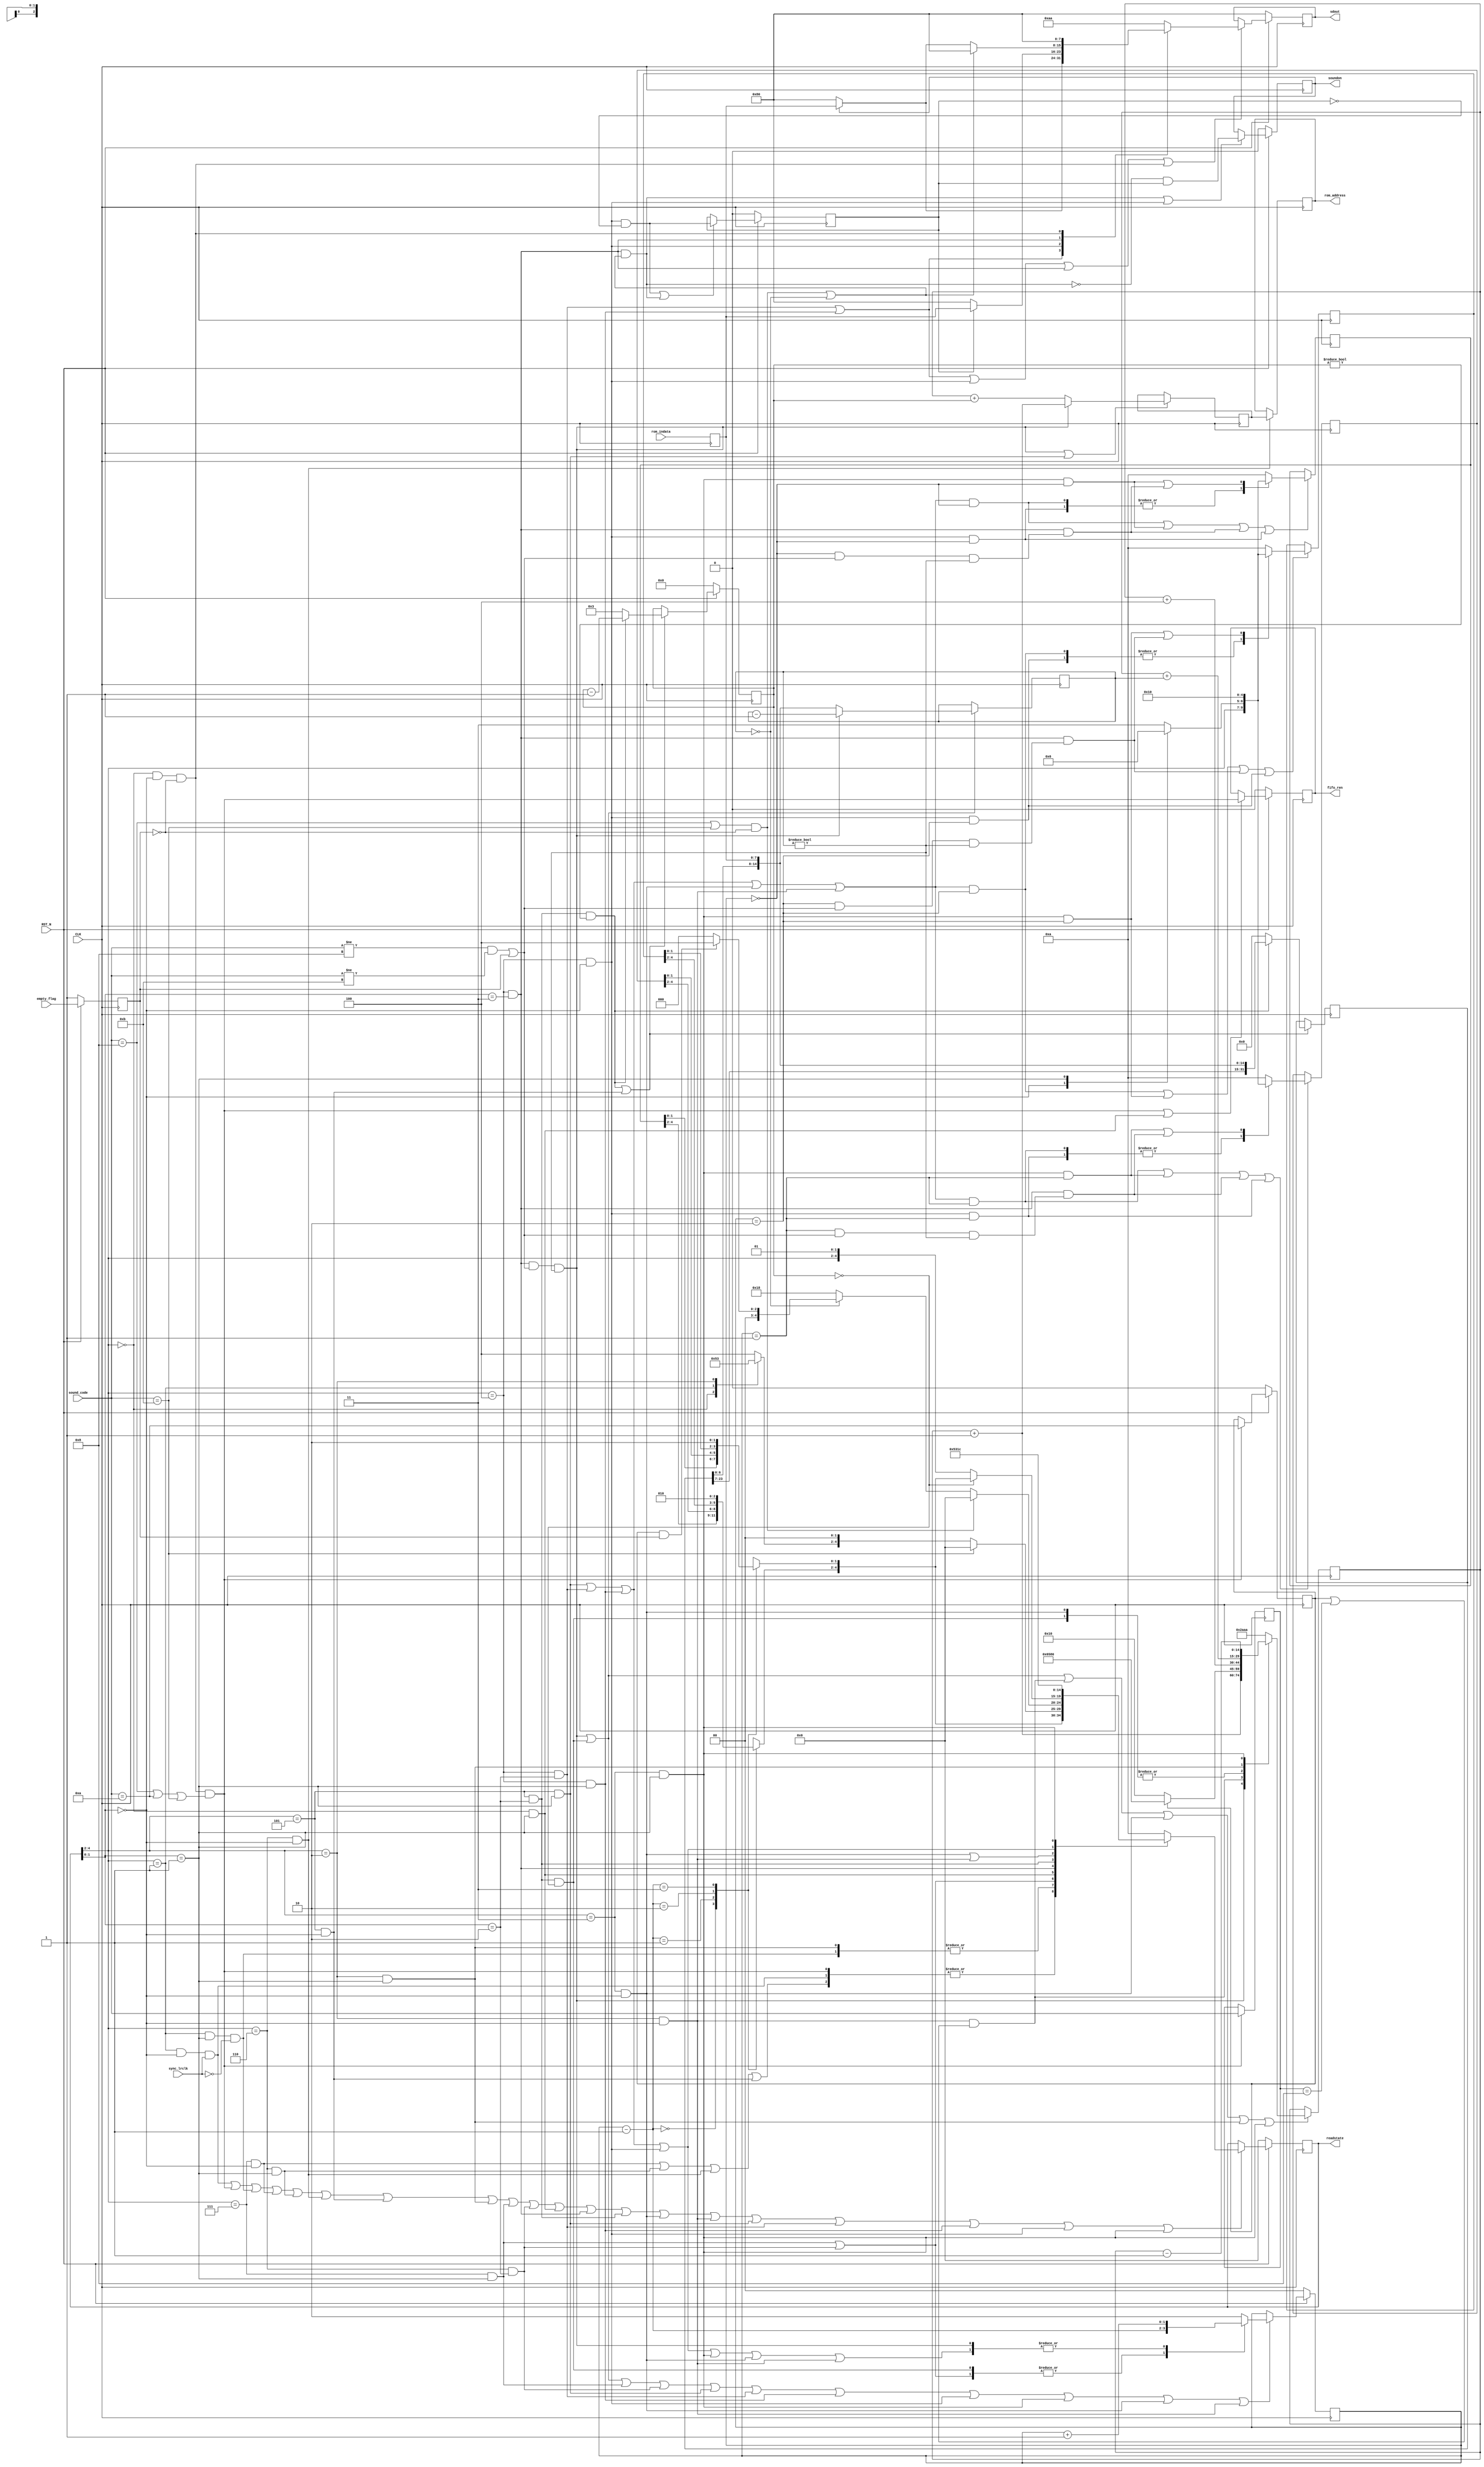
//
// Generated by Bluespec Compiler (build 38534dc)
//
// On Sat Apr 18 19:00:45 JST 2020
//
//
// Ports:
// Name                         I/O  size props
// readstate                      O     5 reg
// rom_address                    O    15 reg
// sdout                          O     8 reg
// soundon                        O     1 reg
// fifo_ren                       O     1 reg
// CLK                            I     1 clock
// RST_N                          I     1 reset
// sound_code                     I     4
// rom_indata                     I     8 reg
// sync_lrclk                     I     1
// empty_flag                     I     1 reg
//
// No combinational paths from inputs to outputs
//
//

`ifdef BSV_ASSIGNMENT_DELAY
`else
  `define BSV_ASSIGNMENT_DELAY
`endif

`ifdef BSV_POSITIVE_RESET
  `define BSV_RESET_VALUE 1'b1
  `define BSV_RESET_EDGE posedge
`else
  `define BSV_RESET_VALUE 1'b0
  `define BSV_RESET_EDGE negedge
`endif

module mkSoundFSM3(CLK,
		   RST_N,

		   sound_code,

		   rom_indata,

		   sync_lrclk,

		   empty_flag,

		   readstate,

		   rom_address,

		   sdout,

		   soundon,

		   fifo_ren);
  input  CLK;
  input  RST_N;

  // action method sound
  input  [3 : 0] sound_code;

  // action method rom
  input  [7 : 0] rom_indata;

  // action method sync
  input  sync_lrclk;

  // action method empty
  input  empty_flag;

  // value method readstate
  output [4 : 0] readstate;

  // value method rom_address
  output [14 : 0] rom_address;

  // value method sdout
  output [7 : 0] sdout;

  // value method soundon
  output soundon;

  // value method fifo_ren
  output fifo_ren;

  // signals for module outputs
  wire [14 : 0] rom_address;
  wire [7 : 0] sdout;
  wire [4 : 0] readstate;
  wire fifo_ren, soundon;

  // register addr
  reg [14 : 0] addr;
  wire [14 : 0] addr$D_IN;
  wire addr$EN;

  // register current
  reg [3 : 0] current;
  wire [3 : 0] current$D_IN;
  wire current$EN;

  // register data
  reg [7 : 0] data;
  wire [7 : 0] data$D_IN;
  wire data$EN;

  // register dcount
  reg [14 : 0] dcount;
  wire [14 : 0] dcount$D_IN;
  wire dcount$EN;

  // register dout
  reg [7 : 0] dout;
  reg [7 : 0] dout$D_IN;
  wire dout$EN;

  // register emptyf
  reg emptyf;
  wire emptyf$D_IN, emptyf$EN;

  // register fNO9
  reg fNO9;
  wire fNO9$D_IN, fNO9$EN;

  // register fUFO
  reg fUFO;
  wire fUFO$D_IN, fUFO$EN;

  // register i
  reg [7 : 0] i;
  wire [7 : 0] i$D_IN;
  wire i$EN;

  // register ren
  reg ren;
  wire ren$D_IN, ren$EN;

  // register romaddr
  reg [14 : 0] romaddr;
  reg [14 : 0] romaddr$D_IN;
  wire romaddr$EN;

  // register romdata
  reg [7 : 0] romdata;
  wire [7 : 0] romdata$D_IN;
  wire romdata$EN;

  // register rs_0
  reg [4 : 0] rs_0;
  reg [4 : 0] rs_0$D_IN;
  wire rs_0$EN;

  // register rs_1
  reg [4 : 0] rs_1;
  reg [4 : 0] rs_1$D_IN;
  wire rs_1$EN;

  // register rs_2
  reg [4 : 0] rs_2;
  reg [4 : 0] rs_2$D_IN;
  wire rs_2$EN;

  // register son
  reg son;
  wire son$D_IN, son$EN;

  // register sonEarly
  reg sonEarly;
  wire sonEarly$D_IN, sonEarly$EN;

  // register sp
  reg [1 : 0] sp;
  reg [1 : 0] sp$D_IN;
  wire sp$EN;

  // register state
  reg [4 : 0] state;
  reg [4 : 0] state$D_IN;
  wire state$EN;

  // register worka
  reg [14 : 0] worka;
  wire [14 : 0] worka$D_IN;
  wire worka$EN;

  // register workd
  reg [31 : 0] workd;
  wire [31 : 0] workd$D_IN;
  wire workd$EN;

  // rule scheduling signals
  wire WILL_FIRE_RL_rule_DATALEN_rule_S0,
       WILL_FIRE_RL_rule_DATALEN_rule_S1,
       WILL_FIRE_RL_rule_FORMAT_rule_S0,
       WILL_FIRE_RL_rule_FORMAT_rule_S1,
       WILL_FIRE_RL_rule_GETPACKET_rule_S0,
       WILL_FIRE_RL_rule_GETPACKET_rule_S1,
       WILL_FIRE_RL_rule_PLAY_rule_S0,
       WILL_FIRE_RL_rule_PLAY_rule_S1,
       WILL_FIRE_RL_rule_PLAY_rule_S2,
       WILL_FIRE_RL_rule_PLAY_rule_S3,
       WILL_FIRE_RL_rule_READCOUNT_rule_S0,
       WILL_FIRE_RL_rule_READCOUNT_rule_S1,
       WILL_FIRE_RL_rule_READCOUNT_rule_S2,
       WILL_FIRE_RL_rule_READMEM_rule_S0,
       WILL_FIRE_RL_rule_READMEM_rule_S1,
       WILL_FIRE_RL_rule_READMEM_rule_S2,
       WILL_FIRE_RL_rule_SYNCLRCLK_rule_S0,
       WILL_FIRE_RL_rule_SYNCLRCLK_rule_S1,
       WILL_FIRE_RL_rule_WAIT_rule_S0,
       WILL_FIRE_RL_rule_WAIT_rule_S1;

  // inputs to muxes for submodule ports
  wire [31 : 0] MUX_workd$write_1__VAL_1;
  wire [14 : 0] MUX_dcount$write_1__VAL_1,
		MUX_dcount$write_1__VAL_2,
		MUX_romaddr$write_1__VAL_1,
		MUX_romaddr$write_1__VAL_2,
		MUX_romaddr$write_1__VAL_3,
		MUX_romaddr$write_1__VAL_5,
		MUX_romaddr$write_1__VAL_6,
		MUX_worka$write_1__VAL_2;
  wire [7 : 0] MUX_dout$write_1__VAL_1,
	       MUX_dout$write_1__VAL_2,
	       MUX_dout$write_1__VAL_3,
	       MUX_i$write_1__VAL_1;
  wire [4 : 0] MUX_state$write_1__VAL_3,
	       MUX_state$write_1__VAL_7,
	       MUX_state$write_1__VAL_8,
	       MUX_state$write_1__VAL_9;
  wire [1 : 0] MUX_sp$write_1__VAL_1;
  wire MUX_dcount$write_1__SEL_1,
       MUX_dcount$write_1__SEL_2,
       MUX_dout$write_1__SEL_1,
       MUX_i$write_1__SEL_1,
       MUX_ren$write_1__SEL_1,
       MUX_romaddr$write_1__SEL_3,
       MUX_rs_0$write_1__PSEL_1,
       MUX_rs_0$write_1__SEL_1,
       MUX_rs_0$write_1__SEL_2,
       MUX_rs_0$write_1__SEL_3,
       MUX_rs_0$write_1__SEL_4,
       MUX_rs_1$write_1__SEL_1,
       MUX_rs_1$write_1__SEL_2,
       MUX_rs_1$write_1__SEL_3,
       MUX_rs_1$write_1__SEL_4,
       MUX_rs_2$write_1__SEL_1,
       MUX_rs_2$write_1__SEL_2,
       MUX_rs_2$write_1__SEL_3,
       MUX_rs_2$write_1__SEL_4,
       MUX_son$write_1__SEL_1,
       MUX_sonEarly$write_1__SEL_1,
       MUX_sp$write_1__SEL_3,
       MUX_sp$write_1__SEL_4,
       MUX_state$write_1__SEL_1,
       MUX_state$write_1__SEL_10,
       MUX_state$write_1__SEL_11,
       MUX_state$write_1__SEL_3,
       MUX_state$write_1__SEL_4;

  // remaining internal signals
  reg [2 : 0] CASE_state_BITS_4_TO_2_0_1_1_2_2_3_4__q4,
	      CASE_x544_0_rs_0_BITS_4_TO_2_1_rs_1_BITS_4_TO__ETC__q2;
  reg [1 : 0] CASE_state_BITS_1_TO_0_0_1_1_2_3__q1,
	      CASE_x544_0_rs_0_BITS_1_TO_0_1_rs_1_BITS_1_TO__ETC__q3;
  wire [4 : 0] IF_dcount_1_EQ_0_0_THEN_IF_fUFO_9_AND_emptyf_3_ETC___d85,
	       SEL_ARR_rs_0_06_BITS_4_TO_2_07_rs_1_08_BITS_4__ETC___d120,
	       state_BITS_4_TO_2_CONCAT_IF_state_BITS_1_TO_0__ETC___d21;
  wire [1 : 0] x__h3544;
  wire sp_4_EQ_0_5_AND_NOT_code_wget__2_EQ_8_3_7_AND__ETC___d95,
       sp_4_EQ_1_6_AND_NOT_code_wget__2_EQ_8_3_7_AND__ETC___d96,
       sp_4_EQ_2_7_AND_NOT_code_wget__2_EQ_8_3_7_AND__ETC___d97;

  // value method readstate
  assign readstate = state ;

  // value method rom_address
  assign rom_address = addr ;

  // value method sdout
  assign sdout = dout ;

  // value method soundon
  assign soundon = son ;

  // value method fifo_ren
  assign fifo_ren = ren ;

  // rule RL_rule_GETPACKET_rule_S0
  assign WILL_FIRE_RL_rule_GETPACKET_rule_S0 =
	     state[4:2] == 3'd0 && state[1:0] == 2'd0 && !emptyf ;

  // rule RL_rule_GETPACKET_rule_S1
  assign WILL_FIRE_RL_rule_GETPACKET_rule_S1 =
	     state[4:2] == 3'd0 && state[1:0] == 2'd1 ;

  // rule RL_rule_SYNCLRCLK_rule_S0
  assign WILL_FIRE_RL_rule_SYNCLRCLK_rule_S0 =
	     state[4:2] == 3'd1 && state[1:0] == 2'd0 ;

  // rule RL_rule_SYNCLRCLK_rule_S1
  assign WILL_FIRE_RL_rule_SYNCLRCLK_rule_S1 =
	     state[4:2] == 3'd1 && state[1:0] == 2'd1 ;

  // rule RL_rule_FORMAT_rule_S0
  assign WILL_FIRE_RL_rule_FORMAT_rule_S0 =
	     state[4:2] == 3'd2 && state[1:0] == 2'd0 ;

  // rule RL_rule_FORMAT_rule_S1
  assign WILL_FIRE_RL_rule_FORMAT_rule_S1 =
	     state[4:2] == 3'd2 && state[1:0] == 2'd1 ;

  // rule RL_rule_DATALEN_rule_S0
  assign WILL_FIRE_RL_rule_DATALEN_rule_S0 =
	     state[4:2] == 3'd3 && state[1:0] == 2'd0 ;

  // rule RL_rule_DATALEN_rule_S1
  assign WILL_FIRE_RL_rule_DATALEN_rule_S1 =
	     state[4:2] == 3'd3 && state[1:0] == 2'd1 ;

  // rule RL_rule_PLAY_rule_S0
  assign WILL_FIRE_RL_rule_PLAY_rule_S0 =
	     state[4:2] == 3'd4 && state[1:0] == 2'd0 ;

  // rule RL_rule_PLAY_rule_S1
  assign WILL_FIRE_RL_rule_PLAY_rule_S1 =
	     state[4:2] == 3'd4 && state[1:0] == 2'd1 ;

  // rule RL_rule_PLAY_rule_S2
  assign WILL_FIRE_RL_rule_PLAY_rule_S2 =
	     state[4:2] == 3'd4 && state[1:0] == 2'd2 ;

  // rule RL_rule_PLAY_rule_S3
  assign WILL_FIRE_RL_rule_PLAY_rule_S3 =
	     state[4:2] == 3'd4 && state[1:0] == 2'd3 ;

  // rule RL_rule_READCOUNT_rule_S0
  assign WILL_FIRE_RL_rule_READCOUNT_rule_S0 =
	     state[4:2] == 3'd5 && state[1:0] == 2'd0 ;

  // rule RL_rule_READCOUNT_rule_S1
  assign WILL_FIRE_RL_rule_READCOUNT_rule_S1 =
	     state[4:2] == 3'd5 && state[1:0] == 2'd1 ;

  // rule RL_rule_READCOUNT_rule_S2
  assign WILL_FIRE_RL_rule_READCOUNT_rule_S2 =
	     state[4:2] == 3'd5 && state[1:0] == 2'd2 ;

  // rule RL_rule_READMEM_rule_S0
  assign WILL_FIRE_RL_rule_READMEM_rule_S0 =
	     state[4:2] == 3'd6 && state[1:0] == 2'd0 ;

  // rule RL_rule_READMEM_rule_S1
  assign WILL_FIRE_RL_rule_READMEM_rule_S1 =
	     state[4:2] == 3'd6 && state[1:0] == 2'd1 ;

  // rule RL_rule_READMEM_rule_S2
  assign WILL_FIRE_RL_rule_READMEM_rule_S2 =
	     state[4:2] == 3'd6 && state[1:0] == 2'd2 ;

  // rule RL_rule_WAIT_rule_S0
  assign WILL_FIRE_RL_rule_WAIT_rule_S0 =
	     state[4:2] == 3'd7 && state[1:0] == 2'd0 ;

  // rule RL_rule_WAIT_rule_S1
  assign WILL_FIRE_RL_rule_WAIT_rule_S1 =
	     state[4:2] == 3'd7 && state[1:0] == 2'd1 ;

  // inputs to muxes for submodule ports
  assign MUX_dcount$write_1__SEL_1 =
	     WILL_FIRE_RL_rule_PLAY_rule_S3 &&
	     (sound_code != 4'd8 && sound_code != 4'd11 || emptyf) &&
	     dcount != 15'd0 ;
  assign MUX_dcount$write_1__SEL_2 =
	     WILL_FIRE_RL_rule_READCOUNT_rule_S2 && i == 8'd0 ;
  assign MUX_dout$write_1__SEL_1 =
	     WILL_FIRE_RL_rule_PLAY_rule_S2 ||
	     WILL_FIRE_RL_rule_PLAY_rule_S1 ;
  assign MUX_i$write_1__SEL_1 =
	     WILL_FIRE_RL_rule_READCOUNT_rule_S2 && i != 8'd0 ;
  assign MUX_ren$write_1__SEL_1 =
	     WILL_FIRE_RL_rule_GETPACKET_rule_S0 &&
	     (sound_code == 4'd8 || sound_code == 4'd10 ||
	      sound_code == 4'd11) ;
  assign MUX_romaddr$write_1__SEL_3 =
	     WILL_FIRE_RL_rule_FORMAT_rule_S0 && (fUFO || current == 4'd8) ;
  assign MUX_rs_0$write_1__PSEL_1 =
	     WILL_FIRE_RL_rule_READCOUNT_rule_S1 ||
	     WILL_FIRE_RL_rule_PLAY_rule_S2 ||
	     WILL_FIRE_RL_rule_PLAY_rule_S1 ||
	     WILL_FIRE_RL_rule_DATALEN_rule_S0 ||
	     WILL_FIRE_RL_rule_FORMAT_rule_S0 ;
  assign MUX_rs_0$write_1__SEL_1 = MUX_rs_0$write_1__PSEL_1 && sp == 2'd0 ;
  assign MUX_rs_0$write_1__SEL_2 =
	     WILL_FIRE_RL_rule_DATALEN_rule_S1 && sp == 2'd0 ;
  assign MUX_rs_0$write_1__SEL_3 =
	     WILL_FIRE_RL_rule_PLAY_rule_S3 &&
	     sp_4_EQ_0_5_AND_NOT_code_wget__2_EQ_8_3_7_AND__ETC___d95 ;
  assign MUX_rs_0$write_1__SEL_4 =
	     WILL_FIRE_RL_rule_PLAY_rule_S0 && sp == 2'd0 ;
  assign MUX_rs_1$write_1__SEL_1 = MUX_rs_0$write_1__PSEL_1 && sp == 2'd1 ;
  assign MUX_rs_1$write_1__SEL_2 =
	     WILL_FIRE_RL_rule_DATALEN_rule_S1 && sp == 2'd1 ;
  assign MUX_rs_1$write_1__SEL_3 =
	     WILL_FIRE_RL_rule_PLAY_rule_S3 &&
	     sp_4_EQ_1_6_AND_NOT_code_wget__2_EQ_8_3_7_AND__ETC___d96 ;
  assign MUX_rs_1$write_1__SEL_4 =
	     WILL_FIRE_RL_rule_PLAY_rule_S0 && sp == 2'd1 ;
  assign MUX_rs_2$write_1__SEL_1 = MUX_rs_0$write_1__PSEL_1 && sp == 2'd2 ;
  assign MUX_rs_2$write_1__SEL_2 =
	     WILL_FIRE_RL_rule_DATALEN_rule_S1 && sp == 2'd2 ;
  assign MUX_rs_2$write_1__SEL_3 =
	     WILL_FIRE_RL_rule_PLAY_rule_S3 &&
	     sp_4_EQ_2_7_AND_NOT_code_wget__2_EQ_8_3_7_AND__ETC___d97 ;
  assign MUX_rs_2$write_1__SEL_4 =
	     WILL_FIRE_RL_rule_PLAY_rule_S0 && sp == 2'd2 ;
  assign MUX_son$write_1__SEL_1 =
	     WILL_FIRE_RL_rule_PLAY_rule_S3 &&
	     ((sound_code == 4'd8 || sound_code == 4'd11) && !emptyf ||
	      dcount == 15'd0) ;
  assign MUX_sonEarly$write_1__SEL_1 =
	     WILL_FIRE_RL_rule_PLAY_rule_S0 && !sonEarly ;
  assign MUX_sp$write_1__SEL_3 =
	     WILL_FIRE_RL_rule_WAIT_rule_S1 ||
	     WILL_FIRE_RL_rule_READMEM_rule_S2 ;
  assign MUX_sp$write_1__SEL_4 =
	     WILL_FIRE_RL_rule_READCOUNT_rule_S1 ||
	     WILL_FIRE_RL_rule_PLAY_rule_S2 ||
	     WILL_FIRE_RL_rule_PLAY_rule_S1 ||
	     WILL_FIRE_RL_rule_PLAY_rule_S0 ||
	     WILL_FIRE_RL_rule_DATALEN_rule_S1 ||
	     WILL_FIRE_RL_rule_DATALEN_rule_S0 ||
	     WILL_FIRE_RL_rule_FORMAT_rule_S0 ;
  assign MUX_state$write_1__SEL_1 =
	     WILL_FIRE_RL_rule_SYNCLRCLK_rule_S0 && sync_lrclk ;
  assign MUX_state$write_1__SEL_3 =
	     WILL_FIRE_RL_rule_SYNCLRCLK_rule_S1 && !sync_lrclk ;
  assign MUX_state$write_1__SEL_4 =
	     WILL_FIRE_RL_rule_WAIT_rule_S0 ||
	     WILL_FIRE_RL_rule_READMEM_rule_S1 ||
	     WILL_FIRE_RL_rule_READMEM_rule_S0 ||
	     WILL_FIRE_RL_rule_READCOUNT_rule_S0 ;
  assign MUX_state$write_1__SEL_10 =
	     WILL_FIRE_RL_rule_DATALEN_rule_S0 ||
	     WILL_FIRE_RL_rule_FORMAT_rule_S0 ;
  assign MUX_state$write_1__SEL_11 =
	     WILL_FIRE_RL_rule_READCOUNT_rule_S1 ||
	     WILL_FIRE_RL_rule_PLAY_rule_S2 ||
	     WILL_FIRE_RL_rule_PLAY_rule_S1 ||
	     WILL_FIRE_RL_rule_PLAY_rule_S0 ;
  assign MUX_dcount$write_1__VAL_1 = dcount - 15'd1 ;
  assign MUX_dcount$write_1__VAL_2 = { workd[6:0], romdata } ;
  assign MUX_dout$write_1__VAL_1 = son ? romdata : 8'h80 ;
  assign MUX_dout$write_1__VAL_2 = sonEarly ? romdata : 8'h80 ;
  assign MUX_dout$write_1__VAL_3 =
	     ((sound_code == 4'd8 || sound_code == 4'd11) && !emptyf ||
	      dcount == 15'd0) ?
	       8'h80 :
	       (son ? romdata : 8'h80) ;
  assign MUX_i$write_1__VAL_1 = i - 8'd1 ;
  assign MUX_romaddr$write_1__VAL_1 = romaddr + 15'd1 ;
  assign MUX_romaddr$write_1__VAL_2 = romaddr + 15'd4 ;
  assign MUX_romaddr$write_1__VAL_3 = fUFO ? 15'd25984 : 15'd16 ;
  assign MUX_romaddr$write_1__VAL_5 = romaddr + dcount ;
  assign MUX_romaddr$write_1__VAL_6 = romaddr - 15'd1 ;
  assign MUX_sp$write_1__VAL_1 = sp + 2'd1 ;
  assign MUX_state$write_1__VAL_3 =
	     { CASE_state_BITS_4_TO_2_0_1_1_2_2_3_4__q4, 2'd0 } ;
  assign MUX_state$write_1__VAL_7 =
	     (sound_code == 4'd11) ?
	       5'd0 :
	       { CASE_state_BITS_4_TO_2_0_1_1_2_2_3_4__q4, 2'd0 } ;
  assign MUX_state$write_1__VAL_8 =
	     ((sound_code == 4'd8 || sound_code == 4'd11) && !emptyf) ?
	       5'd0 :
	       IF_dcount_1_EQ_0_0_THEN_IF_fUFO_9_AND_emptyf_3_ETC___d85 ;
  assign MUX_state$write_1__VAL_9 =
	     (i == 8'd0) ?
	       SEL_ARR_rs_0_06_BITS_4_TO_2_07_rs_1_08_BITS_4__ETC___d120 :
	       { state[4:2], 2'd1 } ;
  assign MUX_worka$write_1__VAL_2 = romaddr + { 7'd0, i } ;
  assign MUX_workd$write_1__VAL_1 = { workd[23:0], romdata } ;

  // register addr
  assign addr$D_IN = worka ;
  assign addr$EN = WILL_FIRE_RL_rule_READMEM_rule_S0 ;

  // register current
  assign current$D_IN = sound_code ;
  assign current$EN = MUX_ren$write_1__SEL_1 ;

  // register data
  assign data$D_IN = romdata ;
  assign data$EN = WILL_FIRE_RL_rule_READMEM_rule_S2 ;

  // register dcount
  assign dcount$D_IN =
	     MUX_dcount$write_1__SEL_1 ?
	       MUX_dcount$write_1__VAL_1 :
	       MUX_dcount$write_1__VAL_2 ;
  assign dcount$EN =
	     MUX_dcount$write_1__SEL_1 ||
	     WILL_FIRE_RL_rule_READCOUNT_rule_S2 && i == 8'd0 ;

  // register dout
  always@(MUX_dout$write_1__SEL_1 or
	  MUX_dout$write_1__VAL_1 or
	  WILL_FIRE_RL_rule_PLAY_rule_S0 or
	  MUX_dout$write_1__VAL_2 or
	  WILL_FIRE_RL_rule_PLAY_rule_S3 or
	  MUX_dout$write_1__VAL_3 or WILL_FIRE_RL_rule_GETPACKET_rule_S0)
  begin
    case (1'b1) // synopsys parallel_case
      MUX_dout$write_1__SEL_1: dout$D_IN = MUX_dout$write_1__VAL_1;
      WILL_FIRE_RL_rule_PLAY_rule_S0: dout$D_IN = MUX_dout$write_1__VAL_2;
      WILL_FIRE_RL_rule_PLAY_rule_S3: dout$D_IN = MUX_dout$write_1__VAL_3;
      WILL_FIRE_RL_rule_GETPACKET_rule_S0: dout$D_IN = 8'h80;
      default: dout$D_IN = 8'b10101010 /* unspecified value */ ;
    endcase
  end
  assign dout$EN =
	     WILL_FIRE_RL_rule_PLAY_rule_S2 ||
	     WILL_FIRE_RL_rule_PLAY_rule_S1 ||
	     WILL_FIRE_RL_rule_PLAY_rule_S0 ||
	     WILL_FIRE_RL_rule_PLAY_rule_S3 ||
	     WILL_FIRE_RL_rule_GETPACKET_rule_S0 ;

  // register emptyf
  assign emptyf$D_IN = empty_flag ;
  assign emptyf$EN = 1'd1 ;

  // register fNO9
  assign fNO9$D_IN = 1'b0 ;
  assign fNO9$EN = 1'b0 ;

  // register fUFO
  assign fUFO$D_IN = sound_code == 4'd10 ;
  assign fUFO$EN = MUX_ren$write_1__SEL_1 ;

  // register i
  assign i$D_IN = MUX_i$write_1__SEL_1 ? MUX_i$write_1__VAL_1 : 8'd3 ;
  assign i$EN =
	     WILL_FIRE_RL_rule_READCOUNT_rule_S2 && i != 8'd0 ||
	     WILL_FIRE_RL_rule_READCOUNT_rule_S0 ;

  // register ren
  assign ren$D_IN = MUX_ren$write_1__SEL_1 ;
  assign ren$EN =
	     WILL_FIRE_RL_rule_GETPACKET_rule_S0 &&
	     (sound_code == 4'd8 || sound_code == 4'd10 ||
	      sound_code == 4'd11) ||
	     WILL_FIRE_RL_rule_GETPACKET_rule_S1 ;

  // register romaddr
  always@(MUX_dcount$write_1__SEL_1 or
	  MUX_romaddr$write_1__VAL_1 or
	  MUX_dcount$write_1__SEL_2 or
	  MUX_romaddr$write_1__VAL_2 or
	  MUX_romaddr$write_1__SEL_3 or
	  MUX_romaddr$write_1__VAL_3 or
	  WILL_FIRE_RL_rule_DATALEN_rule_S0 or
	  WILL_FIRE_RL_rule_FORMAT_rule_S1 or
	  MUX_romaddr$write_1__VAL_5 or
	  WILL_FIRE_RL_rule_DATALEN_rule_S1 or MUX_romaddr$write_1__VAL_6)
  begin
    case (1'b1) // synopsys parallel_case
      MUX_dcount$write_1__SEL_1: romaddr$D_IN = MUX_romaddr$write_1__VAL_1;
      MUX_dcount$write_1__SEL_2: romaddr$D_IN = MUX_romaddr$write_1__VAL_2;
      MUX_romaddr$write_1__SEL_3: romaddr$D_IN = MUX_romaddr$write_1__VAL_3;
      WILL_FIRE_RL_rule_DATALEN_rule_S0:
	  romaddr$D_IN = MUX_romaddr$write_1__VAL_2;
      WILL_FIRE_RL_rule_FORMAT_rule_S1:
	  romaddr$D_IN = MUX_romaddr$write_1__VAL_5;
      WILL_FIRE_RL_rule_DATALEN_rule_S1:
	  romaddr$D_IN = MUX_romaddr$write_1__VAL_6;
      default: romaddr$D_IN = 15'b010101010101010 /* unspecified value */ ;
    endcase
  end
  assign romaddr$EN =
	     MUX_dcount$write_1__SEL_1 ||
	     WILL_FIRE_RL_rule_READCOUNT_rule_S2 && i == 8'd0 ||
	     WILL_FIRE_RL_rule_FORMAT_rule_S0 && (fUFO || current == 4'd8) ||
	     WILL_FIRE_RL_rule_DATALEN_rule_S0 ||
	     WILL_FIRE_RL_rule_FORMAT_rule_S1 ||
	     WILL_FIRE_RL_rule_DATALEN_rule_S1 ;

  // register romdata
  assign romdata$D_IN = rom_indata ;
  assign romdata$EN = 1'd1 ;

  // register rs_0
  always@(MUX_rs_0$write_1__SEL_4 or
	  state_BITS_4_TO_2_CONCAT_IF_state_BITS_1_TO_0__ETC___d21 or
	  MUX_rs_0$write_1__SEL_1 or
	  MUX_rs_0$write_1__SEL_2 or MUX_rs_0$write_1__SEL_3)
  begin
    case (1'b1) // synopsys parallel_case
      MUX_rs_0$write_1__SEL_4:
	  rs_0$D_IN =
	      state_BITS_4_TO_2_CONCAT_IF_state_BITS_1_TO_0__ETC___d21;
      MUX_rs_0$write_1__SEL_1:
	  rs_0$D_IN =
	      state_BITS_4_TO_2_CONCAT_IF_state_BITS_1_TO_0__ETC___d21;
      MUX_rs_0$write_1__SEL_2 || MUX_rs_0$write_1__SEL_3: rs_0$D_IN = 5'd16;
      default: rs_0$D_IN = 5'b01010 /* unspecified value */ ;
    endcase
  end
  assign rs_0$EN =
	     MUX_rs_0$write_1__PSEL_1 && sp == 2'd0 ||
	     WILL_FIRE_RL_rule_DATALEN_rule_S1 && sp == 2'd0 ||
	     WILL_FIRE_RL_rule_PLAY_rule_S3 &&
	     sp_4_EQ_0_5_AND_NOT_code_wget__2_EQ_8_3_7_AND__ETC___d95 ||
	     WILL_FIRE_RL_rule_PLAY_rule_S0 && sp == 2'd0 ;

  // register rs_1
  always@(MUX_rs_1$write_1__SEL_4 or
	  state_BITS_4_TO_2_CONCAT_IF_state_BITS_1_TO_0__ETC___d21 or
	  MUX_rs_1$write_1__SEL_1 or
	  MUX_rs_1$write_1__SEL_2 or MUX_rs_1$write_1__SEL_3)
  begin
    case (1'b1) // synopsys parallel_case
      MUX_rs_1$write_1__SEL_4:
	  rs_1$D_IN =
	      state_BITS_4_TO_2_CONCAT_IF_state_BITS_1_TO_0__ETC___d21;
      MUX_rs_1$write_1__SEL_1:
	  rs_1$D_IN =
	      state_BITS_4_TO_2_CONCAT_IF_state_BITS_1_TO_0__ETC___d21;
      MUX_rs_1$write_1__SEL_2 || MUX_rs_1$write_1__SEL_3: rs_1$D_IN = 5'd16;
      default: rs_1$D_IN = 5'b01010 /* unspecified value */ ;
    endcase
  end
  assign rs_1$EN =
	     MUX_rs_0$write_1__PSEL_1 && sp == 2'd1 ||
	     WILL_FIRE_RL_rule_DATALEN_rule_S1 && sp == 2'd1 ||
	     WILL_FIRE_RL_rule_PLAY_rule_S3 &&
	     sp_4_EQ_1_6_AND_NOT_code_wget__2_EQ_8_3_7_AND__ETC___d96 ||
	     WILL_FIRE_RL_rule_PLAY_rule_S0 && sp == 2'd1 ;

  // register rs_2
  always@(MUX_rs_2$write_1__SEL_4 or
	  state_BITS_4_TO_2_CONCAT_IF_state_BITS_1_TO_0__ETC___d21 or
	  MUX_rs_2$write_1__SEL_1 or
	  MUX_rs_2$write_1__SEL_2 or MUX_rs_2$write_1__SEL_3)
  begin
    case (1'b1) // synopsys parallel_case
      MUX_rs_2$write_1__SEL_4:
	  rs_2$D_IN =
	      state_BITS_4_TO_2_CONCAT_IF_state_BITS_1_TO_0__ETC___d21;
      MUX_rs_2$write_1__SEL_1:
	  rs_2$D_IN =
	      state_BITS_4_TO_2_CONCAT_IF_state_BITS_1_TO_0__ETC___d21;
      MUX_rs_2$write_1__SEL_2 || MUX_rs_2$write_1__SEL_3: rs_2$D_IN = 5'd16;
      default: rs_2$D_IN = 5'b01010 /* unspecified value */ ;
    endcase
  end
  assign rs_2$EN =
	     MUX_rs_0$write_1__PSEL_1 && sp == 2'd2 ||
	     WILL_FIRE_RL_rule_DATALEN_rule_S1 && sp == 2'd2 ||
	     WILL_FIRE_RL_rule_PLAY_rule_S3 &&
	     sp_4_EQ_2_7_AND_NOT_code_wget__2_EQ_8_3_7_AND__ETC___d97 ||
	     WILL_FIRE_RL_rule_PLAY_rule_S0 && sp == 2'd2 ;

  // register son
  assign son$D_IN = !MUX_son$write_1__SEL_1 && sonEarly ;
  assign son$EN = MUX_son$write_1__SEL_1 || WILL_FIRE_RL_rule_PLAY_rule_S0 ;

  // register sonEarly
  assign sonEarly$D_IN = MUX_sonEarly$write_1__SEL_1 ;
  assign sonEarly$EN =
	     WILL_FIRE_RL_rule_PLAY_rule_S0 && !sonEarly ||
	     MUX_son$write_1__SEL_1 ;

  // register sp
  always@(MUX_dcount$write_1__SEL_1 or
	  MUX_sp$write_1__VAL_1 or
	  MUX_dcount$write_1__SEL_2 or
	  x__h3544 or MUX_sp$write_1__SEL_3 or MUX_sp$write_1__SEL_4)
  begin
    case (1'b1) // synopsys parallel_case
      MUX_dcount$write_1__SEL_1: sp$D_IN = MUX_sp$write_1__VAL_1;
      MUX_dcount$write_1__SEL_2: sp$D_IN = x__h3544;
      MUX_sp$write_1__SEL_3: sp$D_IN = x__h3544;
      MUX_sp$write_1__SEL_4: sp$D_IN = MUX_sp$write_1__VAL_1;
      default: sp$D_IN = 2'b10 /* unspecified value */ ;
    endcase
  end
  assign sp$EN =
	     MUX_dcount$write_1__SEL_1 ||
	     WILL_FIRE_RL_rule_READCOUNT_rule_S2 && i == 8'd0 ||
	     WILL_FIRE_RL_rule_WAIT_rule_S1 ||
	     WILL_FIRE_RL_rule_READMEM_rule_S2 ||
	     WILL_FIRE_RL_rule_READCOUNT_rule_S1 ||
	     WILL_FIRE_RL_rule_PLAY_rule_S2 ||
	     WILL_FIRE_RL_rule_PLAY_rule_S1 ||
	     WILL_FIRE_RL_rule_PLAY_rule_S0 ||
	     WILL_FIRE_RL_rule_DATALEN_rule_S1 ||
	     WILL_FIRE_RL_rule_DATALEN_rule_S0 ||
	     WILL_FIRE_RL_rule_FORMAT_rule_S0 ;

  // register state
  always@(MUX_state$write_1__SEL_1 or
	  state_BITS_4_TO_2_CONCAT_IF_state_BITS_1_TO_0__ETC___d21 or
	  MUX_ren$write_1__SEL_1 or
	  MUX_state$write_1__SEL_3 or
	  MUX_state$write_1__VAL_3 or
	  MUX_state$write_1__SEL_4 or
	  WILL_FIRE_RL_rule_FORMAT_rule_S1 or
	  MUX_sp$write_1__SEL_3 or
	  SEL_ARR_rs_0_06_BITS_4_TO_2_07_rs_1_08_BITS_4__ETC___d120 or
	  WILL_FIRE_RL_rule_GETPACKET_rule_S1 or
	  MUX_state$write_1__VAL_7 or
	  WILL_FIRE_RL_rule_PLAY_rule_S3 or
	  MUX_state$write_1__VAL_8 or
	  WILL_FIRE_RL_rule_READCOUNT_rule_S2 or
	  MUX_state$write_1__VAL_9 or
	  MUX_state$write_1__SEL_10 or
	  MUX_state$write_1__SEL_11 or WILL_FIRE_RL_rule_DATALEN_rule_S1)
  begin
    case (1'b1) // synopsys parallel_case
      MUX_state$write_1__SEL_1:
	  state$D_IN =
	      state_BITS_4_TO_2_CONCAT_IF_state_BITS_1_TO_0__ETC___d21;
      MUX_ren$write_1__SEL_1:
	  state$D_IN =
	      state_BITS_4_TO_2_CONCAT_IF_state_BITS_1_TO_0__ETC___d21;
      MUX_state$write_1__SEL_3: state$D_IN = MUX_state$write_1__VAL_3;
      MUX_state$write_1__SEL_4:
	  state$D_IN =
	      state_BITS_4_TO_2_CONCAT_IF_state_BITS_1_TO_0__ETC___d21;
      WILL_FIRE_RL_rule_FORMAT_rule_S1: state$D_IN = MUX_state$write_1__VAL_3;
      MUX_sp$write_1__SEL_3:
	  state$D_IN =
	      SEL_ARR_rs_0_06_BITS_4_TO_2_07_rs_1_08_BITS_4__ETC___d120;
      WILL_FIRE_RL_rule_GETPACKET_rule_S1:
	  state$D_IN = MUX_state$write_1__VAL_7;
      WILL_FIRE_RL_rule_PLAY_rule_S3: state$D_IN = MUX_state$write_1__VAL_8;
      WILL_FIRE_RL_rule_READCOUNT_rule_S2:
	  state$D_IN = MUX_state$write_1__VAL_9;
      MUX_state$write_1__SEL_10: state$D_IN = 5'd20;
      MUX_state$write_1__SEL_11: state$D_IN = 5'd24;
      WILL_FIRE_RL_rule_DATALEN_rule_S1: state$D_IN = 5'd28;
      default: state$D_IN = 5'b01010 /* unspecified value */ ;
    endcase
  end
  assign state$EN =
	     WILL_FIRE_RL_rule_SYNCLRCLK_rule_S0 && sync_lrclk ||
	     WILL_FIRE_RL_rule_GETPACKET_rule_S0 &&
	     (sound_code == 4'd8 || sound_code == 4'd10 ||
	      sound_code == 4'd11) ||
	     WILL_FIRE_RL_rule_SYNCLRCLK_rule_S1 && !sync_lrclk ||
	     WILL_FIRE_RL_rule_WAIT_rule_S0 ||
	     WILL_FIRE_RL_rule_READMEM_rule_S1 ||
	     WILL_FIRE_RL_rule_READMEM_rule_S0 ||
	     WILL_FIRE_RL_rule_READCOUNT_rule_S0 ||
	     WILL_FIRE_RL_rule_FORMAT_rule_S1 ||
	     WILL_FIRE_RL_rule_WAIT_rule_S1 ||
	     WILL_FIRE_RL_rule_READMEM_rule_S2 ||
	     WILL_FIRE_RL_rule_GETPACKET_rule_S1 ||
	     WILL_FIRE_RL_rule_PLAY_rule_S3 ||
	     WILL_FIRE_RL_rule_READCOUNT_rule_S2 ||
	     WILL_FIRE_RL_rule_DATALEN_rule_S0 ||
	     WILL_FIRE_RL_rule_FORMAT_rule_S0 ||
	     WILL_FIRE_RL_rule_READCOUNT_rule_S1 ||
	     WILL_FIRE_RL_rule_PLAY_rule_S2 ||
	     WILL_FIRE_RL_rule_PLAY_rule_S1 ||
	     WILL_FIRE_RL_rule_PLAY_rule_S0 ||
	     WILL_FIRE_RL_rule_DATALEN_rule_S1 ;

  // register worka
  assign worka$D_IN =
	     MUX_dcount$write_1__SEL_1 ?
	       MUX_romaddr$write_1__VAL_1 :
	       MUX_worka$write_1__VAL_2 ;
  assign worka$EN =
	     MUX_dcount$write_1__SEL_1 ||
	     WILL_FIRE_RL_rule_READCOUNT_rule_S1 ;

  // register workd
  assign workd$D_IN =
	     MUX_i$write_1__SEL_1 ? MUX_workd$write_1__VAL_1 : 32'd0 ;
  assign workd$EN =
	     WILL_FIRE_RL_rule_READCOUNT_rule_S2 && i != 8'd0 ||
	     WILL_FIRE_RL_rule_READCOUNT_rule_S0 ;

  // remaining internal signals
  assign IF_dcount_1_EQ_0_0_THEN_IF_fUFO_9_AND_emptyf_3_ETC___d85 =
	     (dcount == 15'd0) ? ((fUFO && emptyf) ? 5'd4 : 5'd0) : 5'd24 ;
  assign SEL_ARR_rs_0_06_BITS_4_TO_2_07_rs_1_08_BITS_4__ETC___d120 =
	     { CASE_x544_0_rs_0_BITS_4_TO_2_1_rs_1_BITS_4_TO__ETC__q2,
	       CASE_x544_0_rs_0_BITS_1_TO_0_1_rs_1_BITS_1_TO__ETC__q3 } ;
  assign sp_4_EQ_0_5_AND_NOT_code_wget__2_EQ_8_3_7_AND__ETC___d95 =
	     sp == 2'd0 &&
	     (sound_code != 4'd8 && sound_code != 4'd11 || emptyf) &&
	     dcount != 15'd0 ;
  assign sp_4_EQ_1_6_AND_NOT_code_wget__2_EQ_8_3_7_AND__ETC___d96 =
	     sp == 2'd1 &&
	     (sound_code != 4'd8 && sound_code != 4'd11 || emptyf) &&
	     dcount != 15'd0 ;
  assign sp_4_EQ_2_7_AND_NOT_code_wget__2_EQ_8_3_7_AND__ETC___d97 =
	     sp == 2'd2 &&
	     (sound_code != 4'd8 && sound_code != 4'd11 || emptyf) &&
	     dcount != 15'd0 ;
  assign state_BITS_4_TO_2_CONCAT_IF_state_BITS_1_TO_0__ETC___d21 =
	     { state[4:2], CASE_state_BITS_1_TO_0_0_1_1_2_3__q1 } ;
  assign x__h3544 = sp - 2'd1 ;
  always@(state)
  begin
    case (state[1:0])
      2'd0: CASE_state_BITS_1_TO_0_0_1_1_2_3__q1 = 2'd1;
      2'd1: CASE_state_BITS_1_TO_0_0_1_1_2_3__q1 = 2'd2;
      default: CASE_state_BITS_1_TO_0_0_1_1_2_3__q1 = 2'd3;
    endcase
  end
  always@(x__h3544 or rs_0 or rs_1 or rs_2)
  begin
    case (x__h3544)
      2'd0:
	  CASE_x544_0_rs_0_BITS_4_TO_2_1_rs_1_BITS_4_TO__ETC__q2 = rs_0[4:2];
      2'd1:
	  CASE_x544_0_rs_0_BITS_4_TO_2_1_rs_1_BITS_4_TO__ETC__q2 = rs_1[4:2];
      2'd2:
	  CASE_x544_0_rs_0_BITS_4_TO_2_1_rs_1_BITS_4_TO__ETC__q2 = rs_2[4:2];
      2'd3:
	  CASE_x544_0_rs_0_BITS_4_TO_2_1_rs_1_BITS_4_TO__ETC__q2 =
	      3'b010 /* unspecified value */ ;
    endcase
  end
  always@(x__h3544 or rs_0 or rs_1 or rs_2)
  begin
    case (x__h3544)
      2'd0:
	  CASE_x544_0_rs_0_BITS_1_TO_0_1_rs_1_BITS_1_TO__ETC__q3 = rs_0[1:0];
      2'd1:
	  CASE_x544_0_rs_0_BITS_1_TO_0_1_rs_1_BITS_1_TO__ETC__q3 = rs_1[1:0];
      2'd2:
	  CASE_x544_0_rs_0_BITS_1_TO_0_1_rs_1_BITS_1_TO__ETC__q3 = rs_2[1:0];
      2'd3:
	  CASE_x544_0_rs_0_BITS_1_TO_0_1_rs_1_BITS_1_TO__ETC__q3 =
	      2'b10 /* unspecified value */ ;
    endcase
  end
  always@(state)
  begin
    case (state[4:2])
      3'd0: CASE_state_BITS_4_TO_2_0_1_1_2_2_3_4__q4 = 3'd1;
      3'd1: CASE_state_BITS_4_TO_2_0_1_1_2_2_3_4__q4 = 3'd2;
      3'd2: CASE_state_BITS_4_TO_2_0_1_1_2_2_3_4__q4 = 3'd3;
      default: CASE_state_BITS_4_TO_2_0_1_1_2_2_3_4__q4 = 3'd4;
    endcase
  end

  // handling of inlined registers

  always@(posedge CLK)
  begin
    if (RST_N == `BSV_RESET_VALUE)
      begin
        dout <= `BSV_ASSIGNMENT_DELAY 8'h80;
	emptyf <= `BSV_ASSIGNMENT_DELAY 1'd1;
	fNO9 <= `BSV_ASSIGNMENT_DELAY 1'd0;
	fUFO <= `BSV_ASSIGNMENT_DELAY 1'd0;
	i <= `BSV_ASSIGNMENT_DELAY 8'd0;
	ren <= `BSV_ASSIGNMENT_DELAY 1'd0;
	son <= `BSV_ASSIGNMENT_DELAY 1'd0;
	sonEarly <= `BSV_ASSIGNMENT_DELAY 1'd0;
	sp <= `BSV_ASSIGNMENT_DELAY 2'd0;
	state <= `BSV_ASSIGNMENT_DELAY 5'd0;
      end
    else
      begin
        if (dout$EN) dout <= `BSV_ASSIGNMENT_DELAY dout$D_IN;
	if (emptyf$EN) emptyf <= `BSV_ASSIGNMENT_DELAY emptyf$D_IN;
	if (fNO9$EN) fNO9 <= `BSV_ASSIGNMENT_DELAY fNO9$D_IN;
	if (fUFO$EN) fUFO <= `BSV_ASSIGNMENT_DELAY fUFO$D_IN;
	if (i$EN) i <= `BSV_ASSIGNMENT_DELAY i$D_IN;
	if (ren$EN) ren <= `BSV_ASSIGNMENT_DELAY ren$D_IN;
	if (son$EN) son <= `BSV_ASSIGNMENT_DELAY son$D_IN;
	if (sonEarly$EN) sonEarly <= `BSV_ASSIGNMENT_DELAY sonEarly$D_IN;
	if (sp$EN) sp <= `BSV_ASSIGNMENT_DELAY sp$D_IN;
	if (state$EN) state <= `BSV_ASSIGNMENT_DELAY state$D_IN;
      end
    if (addr$EN) addr <= `BSV_ASSIGNMENT_DELAY addr$D_IN;
    if (current$EN) current <= `BSV_ASSIGNMENT_DELAY current$D_IN;
    if (data$EN) data <= `BSV_ASSIGNMENT_DELAY data$D_IN;
    if (dcount$EN) dcount <= `BSV_ASSIGNMENT_DELAY dcount$D_IN;
    if (romaddr$EN) romaddr <= `BSV_ASSIGNMENT_DELAY romaddr$D_IN;
    if (romdata$EN) romdata <= `BSV_ASSIGNMENT_DELAY romdata$D_IN;
    if (rs_0$EN) rs_0 <= `BSV_ASSIGNMENT_DELAY rs_0$D_IN;
    if (rs_1$EN) rs_1 <= `BSV_ASSIGNMENT_DELAY rs_1$D_IN;
    if (rs_2$EN) rs_2 <= `BSV_ASSIGNMENT_DELAY rs_2$D_IN;
    if (worka$EN) worka <= `BSV_ASSIGNMENT_DELAY worka$D_IN;
    if (workd$EN) workd <= `BSV_ASSIGNMENT_DELAY workd$D_IN;
  end

  // synopsys translate_off
  `ifdef BSV_NO_INITIAL_BLOCKS
  `else // not BSV_NO_INITIAL_BLOCKS
  initial
  begin
    addr = 15'h2AAA;
    current = 4'hA;
    data = 8'hAA;
    dcount = 15'h2AAA;
    dout = 8'hAA;
    emptyf = 1'h0;
    fNO9 = 1'h0;
    fUFO = 1'h0;
    i = 8'hAA;
    ren = 1'h0;
    romaddr = 15'h2AAA;
    romdata = 8'hAA;
    rs_0 = 5'h0A;
    rs_1 = 5'h0A;
    rs_2 = 5'h0A;
    son = 1'h0;
    sonEarly = 1'h0;
    sp = 2'h2;
    state = 5'h0A;
    worka = 15'h2AAA;
    workd = 32'hAAAAAAAA;
  end
  `endif // BSV_NO_INITIAL_BLOCKS
  // synopsys translate_on

  // handling of system tasks

  // synopsys translate_off
  always@(negedge CLK)
  begin
    #0;
    if (RST_N != `BSV_RESET_VALUE)
      if (WILL_FIRE_RL_rule_READMEM_rule_S2)
	$display("S2 %4x %2x", $unsigned(addr), $unsigned(romdata));
  end
  // synopsys translate_on
endmodule  // mkSoundFSM3